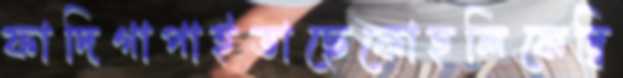
ফাদিগাপাইতাছেকোহলিকেদ্বি